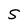
Character: S